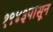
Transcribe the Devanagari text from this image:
१९४३पासून